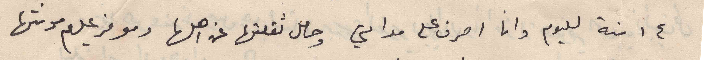
١٤ سنة لليوم وانا اصرف على مدامتي وحامل تقلتها عن اهلها وموفر عليهم مونتها